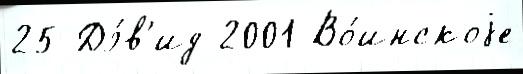
25 Дэ́в'ид 2001 Во́инскоjе